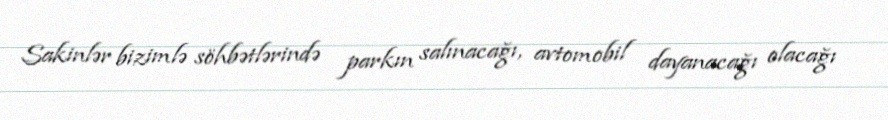
Sakinlər bizimlə söhbətlərində parkın salınacağı, avtomobil dayanacağı olacağı